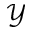
\mathcal { Y }